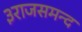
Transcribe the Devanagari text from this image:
३राजसमन्द